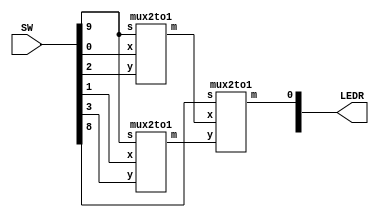
//SW[3:0] data inputs
//SW[9] and SW[8] select signal

//LEDR[0] output display

module mux4(LEDR, SW);
    input [9:0] SW;
    output [9:0] LEDR;
	  // declare two wires that connects mux2to1's
    wire w1;
	  wire w2;
	 // Left top mux2to1
   mux2to1 u1(
    .x(SW[0]),
		.y(SW[2]),
		.s(SW[9]),
    .m(w1));
	 // left bottom mux2to1
	 mux2to1 u2(
    .x(SW[1]),
    .y(SW[3]),
    .s(SW[9]),
    .m(w2));
   // right mux2to1
	 mux2to1 u3(
    .x(w1),
    .y(w2),
    .s(SW[8]),
    .m(LEDR[0])); // final output
endmodule

// This is borrowed from the mux.v file available on quercus
module mux2to1(x, y, s, m);
    input x; //selected when s is 0
    input y; //selected when s is 1
    input s; //select signal
    output m; //output

    assign m = s & y | ~s & x;
    // OR
    // assign m = s ? y : x;

endmodule